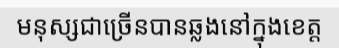
មនុស្សជាច្រើនបានឆ្លងនៅក្នុងខេត្ត